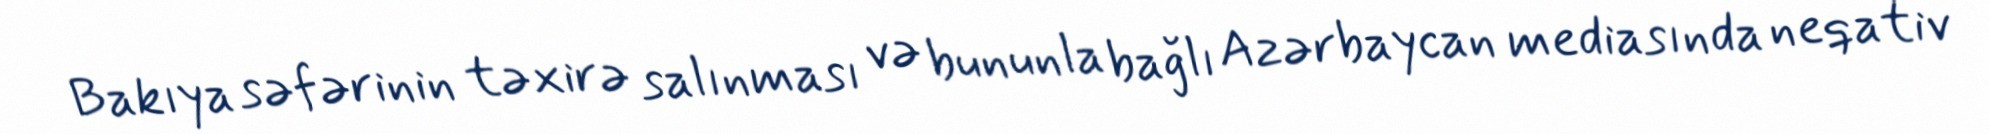
Bakıya səfərinin təxirə salınması və bununla bağlı Azərbaycan mediasında neqativ